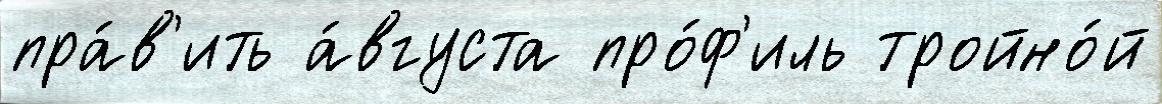
пра́в'ить а́вгуста про́ф'иль тройно́й